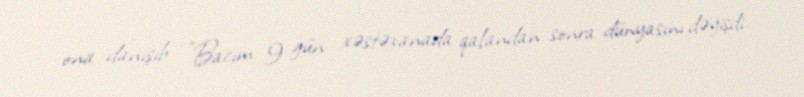
ona danışıb: "Bacım 9 gün xəstəxanada qalandan sonra dünyasını dəyişdi.